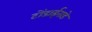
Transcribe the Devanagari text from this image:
टोंडाईनाडे